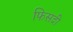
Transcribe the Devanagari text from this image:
फिसदी